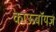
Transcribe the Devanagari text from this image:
काऊबॉयज़